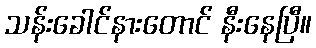
သန်းခေါင်နားတောင် နီးနေပြီ။